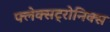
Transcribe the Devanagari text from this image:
फ्लेक्सट्रोनिक्स